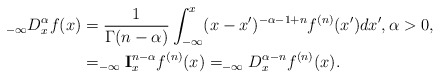
\begin{align*}_{-\infty}D_{x}^{\alpha}f(x) & =\frac{1}{\Gamma(n-\alpha)}\int_{-\infty}^{x}(x-x^{\prime})^{-\alpha-1+n}f^{(n)}(x^{\prime})dx^{\prime},\alpha>0,\\& =_{-\infty}\mathbf{I}_{x}^{n-\alpha}f^{(n)}(x)=_{-\infty}D_{x}^{\alpha-n}f^{(n)}(x).\end{align*}